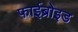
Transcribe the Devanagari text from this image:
फाईब्रोइड